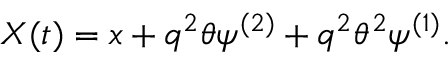
X ( t ) = x + q ^ { 2 } \theta \psi ^ { ( 2 ) } + q ^ { 2 } \theta ^ { 2 } \psi ^ { ( 1 ) } .